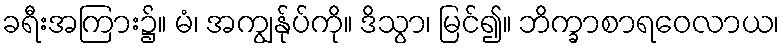
ခရီးအကြား၌။ မံ၊ အကျွန်ုပ်ကို။ ဒိသွာ၊ မြင်၍။ ဘိက္ခာစာရဝေလာယ၊